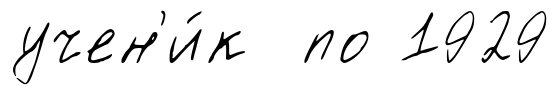
учен'и́к по 1929